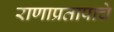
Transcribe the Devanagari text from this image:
राणाप्रतापाचे